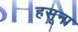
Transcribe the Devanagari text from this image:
हसूना